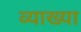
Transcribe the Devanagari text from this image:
व्याख्‍या